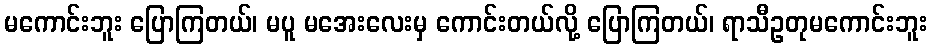
မကောင်းဘူး ပြောကြတယ်၊ မပူ မအေးလေးမှ ကောင်းတယ်လို့ ပြောကြတယ်၊ ရာသီဥတုမကောင်းဘူး